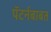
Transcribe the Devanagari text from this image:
पॅटर्नबाबत